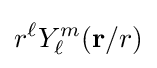
r^{\ell }Y_{\ell }^{m}(\mathbf {r} /r)